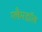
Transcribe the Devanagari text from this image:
ग्लैमडॉल